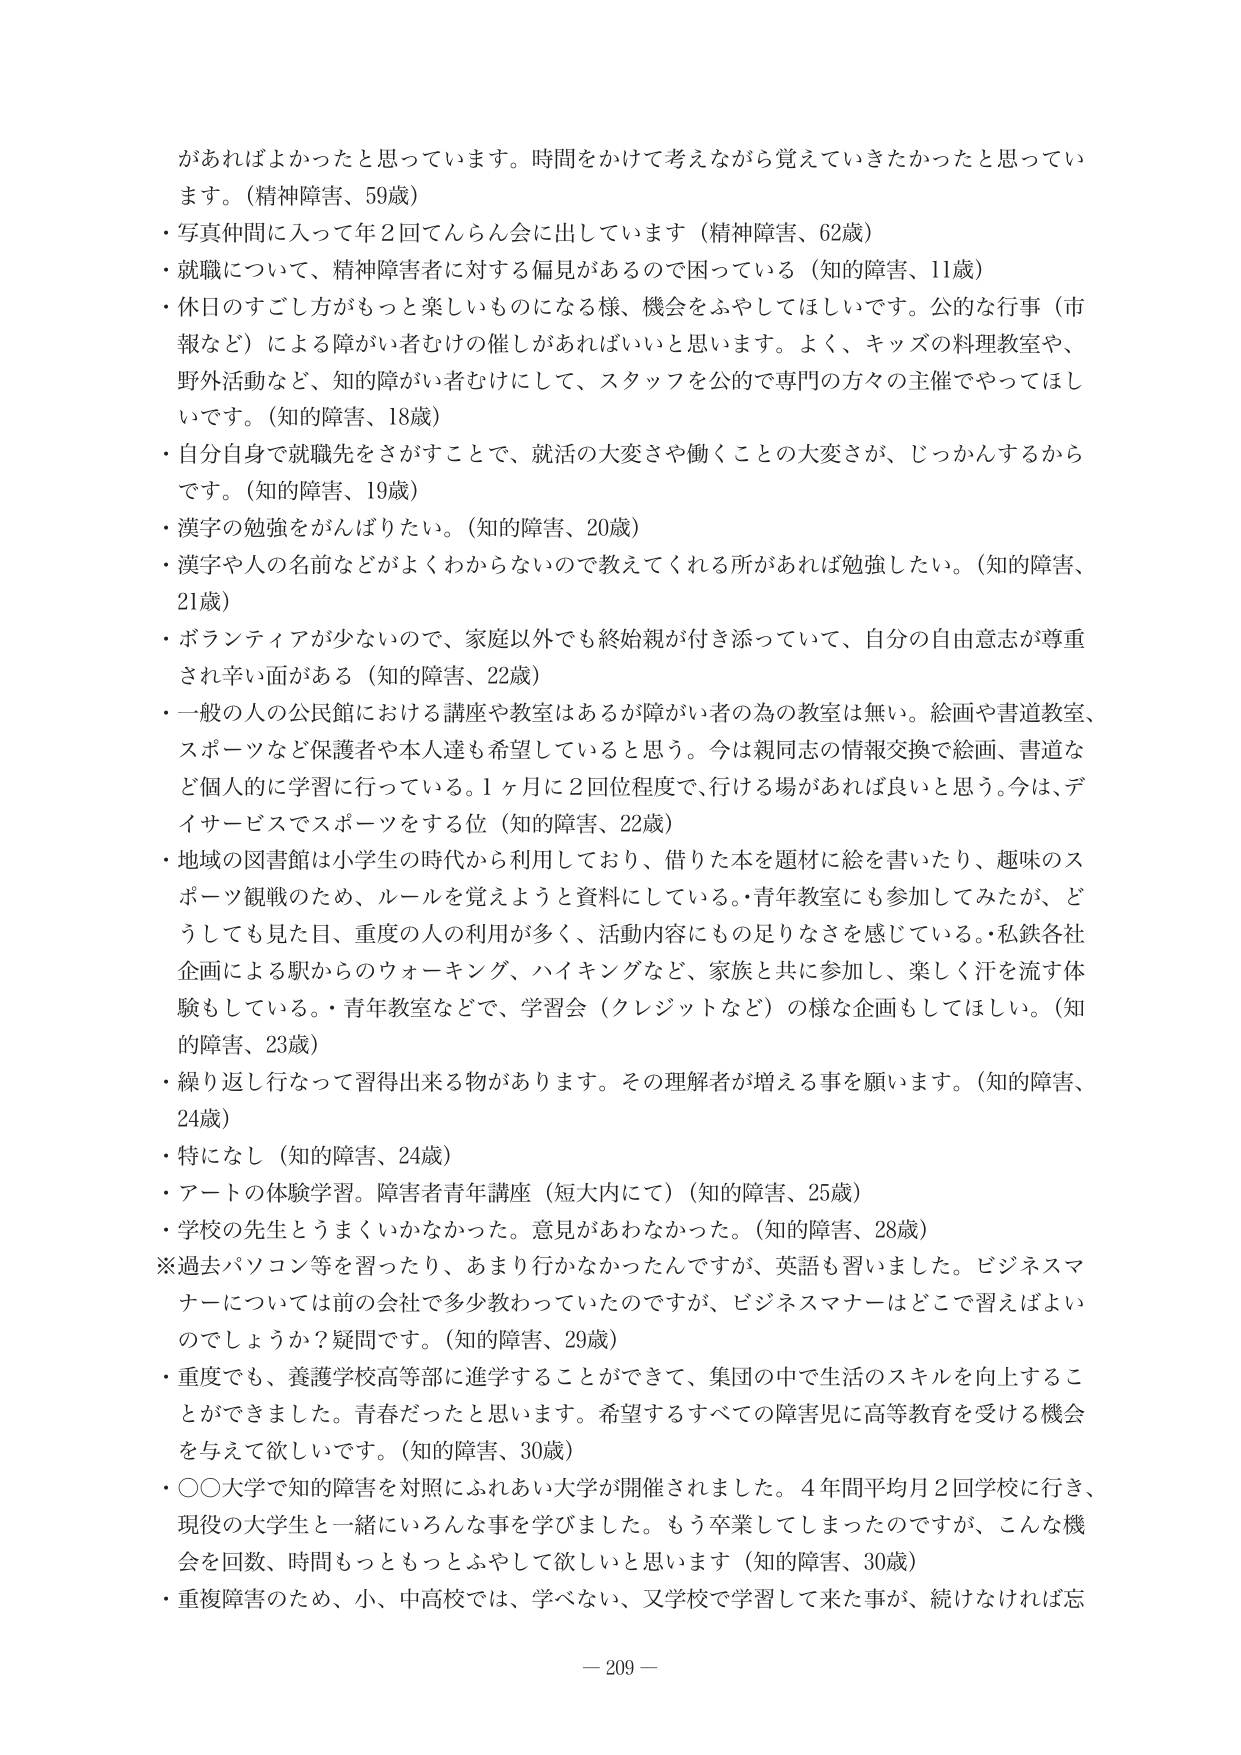
があればよかったと思っています。時間をかけて考えながら覚えていきたかったと思っています。（精神障害、59歳）
・写真仲間に入って年2回でんらん会に出しています（精神障害、62歳）
・就職について、精神障害者に対する偏見があるので困っている（知的障害、11歳）
・休日のすごし方がもっと楽しいものになる様、機会をふやしてほしいです。公的な行事（市報など）による障がい者むけの催しがあればいいと思います。よく、キッズの料理教室や、野外活動など、知的障がい者むけにして、スタッフを公的で専門の方々の主催でやってほしいです。（知的障害、18歳）
・自分自身で就職先をさがすことで、就活の大変さや働くことの大変さが、じっかんするからです。（知的障害、19歳）
・漢字の勉強をがんばりたい。（知的障害、20歳）
・漢字や人の名前などがよくわからないので教えてくれる所があれば勉強したい。（知的障害、21歳）
・ボランティアが少ないので、家庭以外でも終始親が付き添っていて、自分の自由意志が尊重され辛い面がある（知的障害、22歳）
・一般の人の公民館における講座や教室はあるが障がい者の為の教室は無い。絵画や書道教室、スポーツなど保護者や本人達も希望していると思う。今は親同志の情報交換で絵画、書道など個人的に学習に行っている。1ヶ月に2回位程度で、行ける場があれば良いと思う。今は、デイサービスでスポーツをする位（知的障害、22歳）
・地域の図書館は小学生の時代から利用しており、借りた本を題材に絵を書いたり、趣味のスポーツ観戦のため、ルールを覚えようと資料にしている。青年教室にも参加してみたが、どうしても見た目、重度の人の利用が多く、活動内容にもの足りなさを感じている。・私鉄各社企画による駅からのウォーキング、ハイキングなど、家族と共に参加し、楽しく汗を流す体験もしている。・青年教室などで、学習会（クレジットなど）の様な企画もしてほしい。（知的障害、23歳）
・繰り返し行なって習得出来る物があります。その理解者が増える事を願います。（知的障害、24歳）
・特になし（知的障害、24歳）
・アートの体験学習。障害者青年講座（短大内にて）（知的障害、25歳）
・学校の先生とうまくいかなかった。意見があわなかった。（知的障害、28歳）
※過去パソコン等を習ったり、あまり行かなかったんですが、英語も習いました。ビジネスマナーについては前の会社で多少教わっていたのですが、ビジネスマナーはどこで習えばよいのでしょうか？疑問です。（知的障害、29歳）
・重度でも、養護学校高等部に進学することができて、集団の中で生活のスキルを向上することができました。青春だったと思います。希望するすべての障害児に高等教育を受ける機会を与えて欲しいです。（知的障害、30歳）
・〇〇大学で知的障害を対照にふれあい大学が開催されました。4年間平均月2回学校に行き、現役の大学生と一緒にいろんな事を学びました。もう卒業してしまったのですが、こんな機会を回数、時間もっともっとふやして欲しいと思います（知的障害、30歳）
・重複障害のため、小、中高校では、学べない、又学校で学習して来た事が、続けなければ忘
－ 209 －